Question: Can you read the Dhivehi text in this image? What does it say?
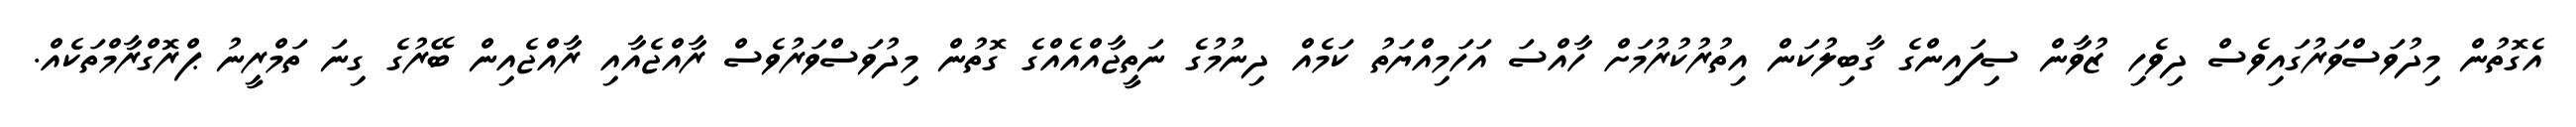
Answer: އެގޮތުން މިދުވަސްވަރުގައިވެސް ދިވެހި ޒުވާން ސިފައިންގެ ގާބިލުކަން އިތުރުކުރުމަށް ހާއްސަ އަހަމިއްޔަތު ކަމެއް ދިނުމުގެ ނަތީޖާއްއެއްގެ ގޮތުން މިދުވަސްވަރުވެސް ރާއްޖެއާއި ރާއްޖެއިން ބޭރުގެ ގިނަ ތަމްރީނު ޕްރޮގްރާމްތަކެއް.